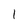
Character: l